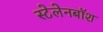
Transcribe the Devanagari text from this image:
स्टेलेनबॉश